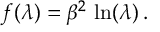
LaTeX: f ( \lambda ) = \beta ^ { 2 } \, \ln ( \lambda ) \, .